Reports on dispensaries and lunatic asylums in the Province of Oudh - 1869-1876
Year: 1869
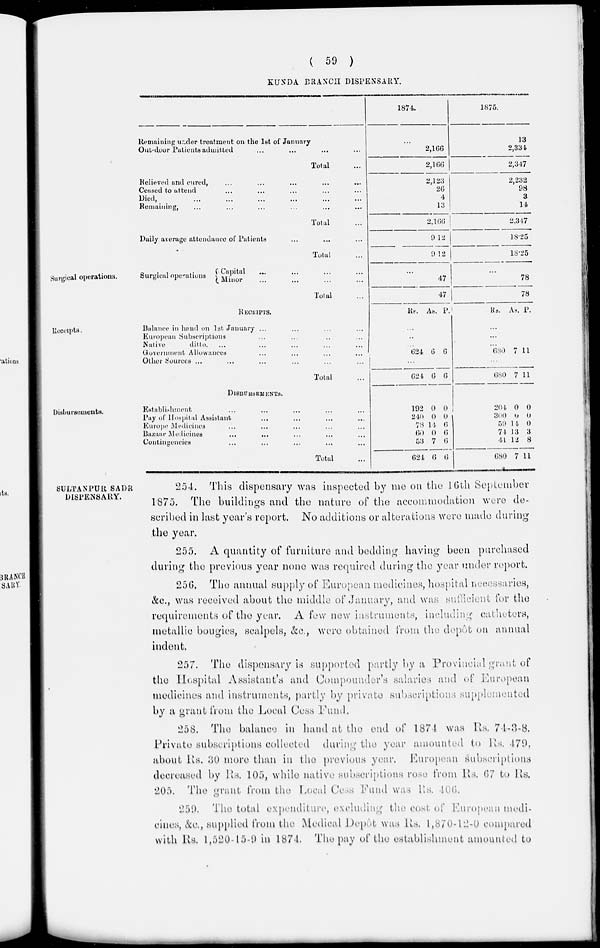
( 59 )
KUNDA BRANCH DISPENSARY.
Remaining under treatment on the 1st of January
Out-door Patients admitted ... ... ... ...
Total ...
Relieved and cured, ... ... ... ... ...
Ceased to attend ... ... ... ... ...
Died, ... ... ... ... ... ...
Remaining, ... ... ... ... ... ...
Total ...
Daily average attendance of Patients ... ... ...
Total ...
1874.
...
2,166
2,166
2,123
26
4
13
2,166
912
912
1875.
13
2,334
2,347
2,232
98
3
14
2,347
18.25
18.25
Surgical operations.
Surgical operations
Capital ... ... ... ...
Minor ... ... ... ...
Total ...
...
47
47
...
78
78
Receipts
RECEIPTS.
Balance in hand on 1st January ... ... ... ...
European Subscriptions ... ... ... ...
Native
ditto. ... ... ... ...
Government Allowances ... ... ... ...
Other Sources ... ... ... ... ... ...
Total ...
Rs. As. P.
...
..
...
624 6 6
...
624 6 6
Rs. As. P.
...
...
...
680 7 11
...
680 7 11
Disbursements.
DISBURSEMENTS.
Establishment ... ... ... ... ...
Pay of Hospital Assistant ... ... ... ...
Europe Medicines ... ... ... ... ...
Bazaar Medicines ... ... ... ... ...
Contingencies ... ... ... ... ...
Total ...
192
240
78
60
53
624
0
0
14
0
7
6
0
0 6
6
6
6
204
300
59
74
44
680
0
0
14
13
12
7
0
0
0
3
8
11
SULTANPUR SADR
DISPENSARY.
254. This dispensary was inspected by me on the 16th September
1875. The buildings and the nature of the accommodation were de-
scribed in last year's report. No additions or alterations were made during
the year.
255. A quantity of furniture and bedding having been purchased
during the previous year none was required during the year under report.
256. The annual supply of European medicines, hospital necessaries,
&c., was received about the middle of January, and was sufficient for the
requirements of the year. A few new instruments, including catheters,
metallic bougies, scalpels, &c, were obtained from the depôt on annual
indent.
257. The dispensary is supported partly by a Provincial grant of
the Hospital Assistant's and Compounder's salaries and of European
medicines and instruments, partly by private subscriptions supplemented
by a grant from the Local Cess Fund.
258. The balance in hand at the end of 1874 was Rs. 74-3-8.
Private subscriptions collected during the year amounted to Rs. 479.
about Rs. 30 more than in the previous year. European subscriptions
decreased by Rs. 105, while native subscriptions rose from Rs. 67 to Rs.
205. The grant from the Local Cess Fund was Rs. 106.
259. The total expenditure, excluding the cost of European medi-
cines, &c., supplied from the Medical Depôt was Rs. l,870-12-0 compared
with Rs. 1,520-15-9 in 1874. The pay of the establishment amounted to